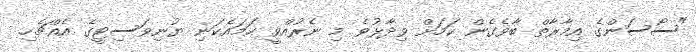
"ސޯސަންގެ އިމާރާތް ބާވެގެން ކަމަށް ވިދާޅުވެ މި ނެރުއްވީ ހަމައެކަނި ޔުނިވަސިޓީގެ އެއްޗެހި.